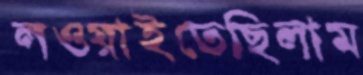
লওয়াইতেছিলাম